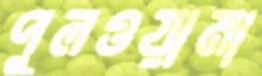
পুলওয়ামা